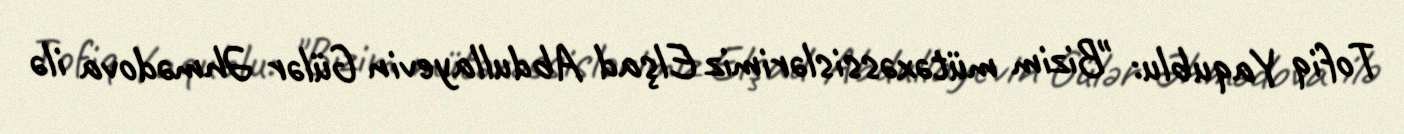
Tofiq Yaqublu: "Bizim mütəxəssislərimiz Elşad Abdullayevin Gülər Əhmədova ilə